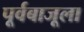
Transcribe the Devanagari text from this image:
पूर्वबाजूला